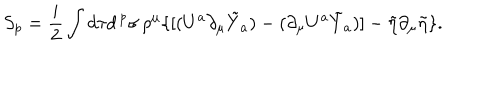
S _ { p } = \frac { i } { 2 } \int d \tau d ^ { \, p } \sigma \, \rho ^ { \mu } \{ [ ( U ^ { a } \partial _ { \mu } \tilde { Y } _ { a } ) - ( \partial _ { \mu } U ^ { a } \tilde { Y } _ { a } ) ] - \tilde { \eta } \partial _ { \mu } \tilde { \eta } \} .